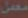
معمل